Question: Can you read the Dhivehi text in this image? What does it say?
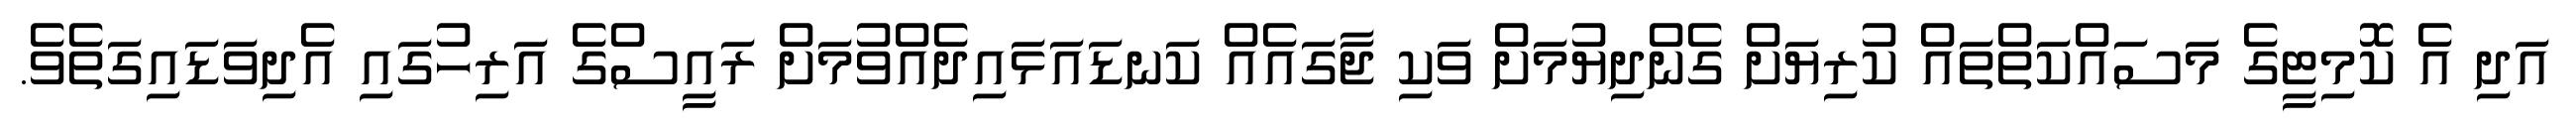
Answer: އަދި އެ ކޮމިޓީގެ މަސައްކަތްތައް ކުރިޔަށް ގެންދިޔުމަށް ވަކި ޖާގައެއް ކަނޑައަޅައިދެއްވުމަށް ރައީސްގެ އަރިހުގައި އެދިވަޑައިގަތެވެ.